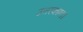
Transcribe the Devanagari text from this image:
उत्तरकाण्ड।